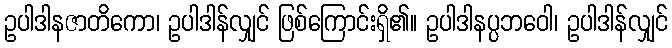
ဥပါဒါနဇာတိကော၊ ဥပါဒါန်လျှင် ဖြစ်ကြောင်းရှိ၏။ ဥပါဒါနပ္ပဘဝေါ၊ ဥပါဒါန်လျှင်